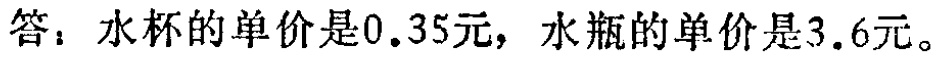
答：水杯的单价是\(0.35\)元，水瓶的单价是\(3.6\)元。